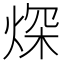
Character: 𤉾